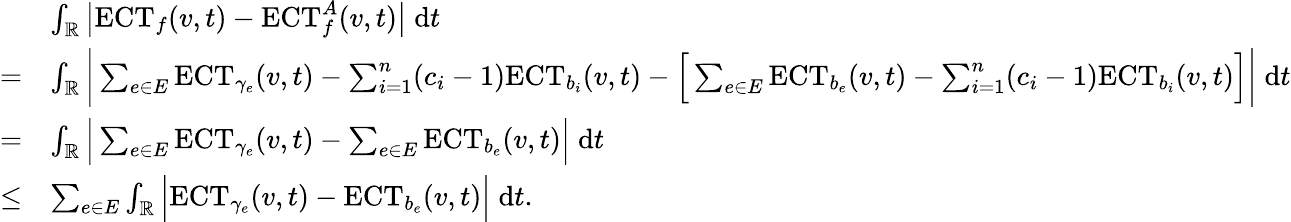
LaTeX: \begin{array}{rl}&{\int_{\mathbb{R}}\big|\mathrm{ECT}_{f}(v,t)-\mathrm{ECT}_{f}^{A}(v,t)\big|\; \mathrm{d}t}\\ {=}&{\int_{\mathbb{R}}\bigg|\sum_{e\in E}\mathrm{ECT}_{\gamma_{e}}(v,t)-\sum_{i=1}^{n}(c_{i}-1)\mathrm{ECT}_{b_{i}}(v,t)-\Big[\sum_{e\in E}\mathrm{ECT}_{b_{e}}(v,t)-\sum_{i=1}^{n}(c_{i}-1)\mathrm{ECT}_{b_{i}}(v,t)\Big]\bigg|\; \mathrm{d}t}\\ {=}&{\int_{\mathbb{R}}\Big|\sum_{e\in E}\mathrm{ECT}_{\gamma_{e}}(v,t)-\sum_{e\in E}\mathrm{ECT}_{b_{e}}(v,t)\Big|\; \mathrm{d}t}\\ {\leq}&{\sum_{e\in E}\int_{\mathbb{R}}\Big|\mathrm{ECT}_{\gamma_{e}}(v,t)-\mathrm{ECT}_{b_{e}}(v,t)\Big|\; \mathrm{d}t.}\end{array}